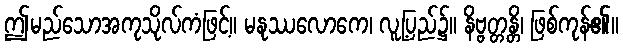
ဤမည်သောအကုသိုလ်ကံဖြင့်။ မနုဿလောကေ၊ လူ့ပြည်၌။ နိဗ္ဗတ္တန္တိ၊ ဖြစ်ကုန်၏။